Leaving Certificate Examination (including Day School Certificate (Higher) General paper), 1926
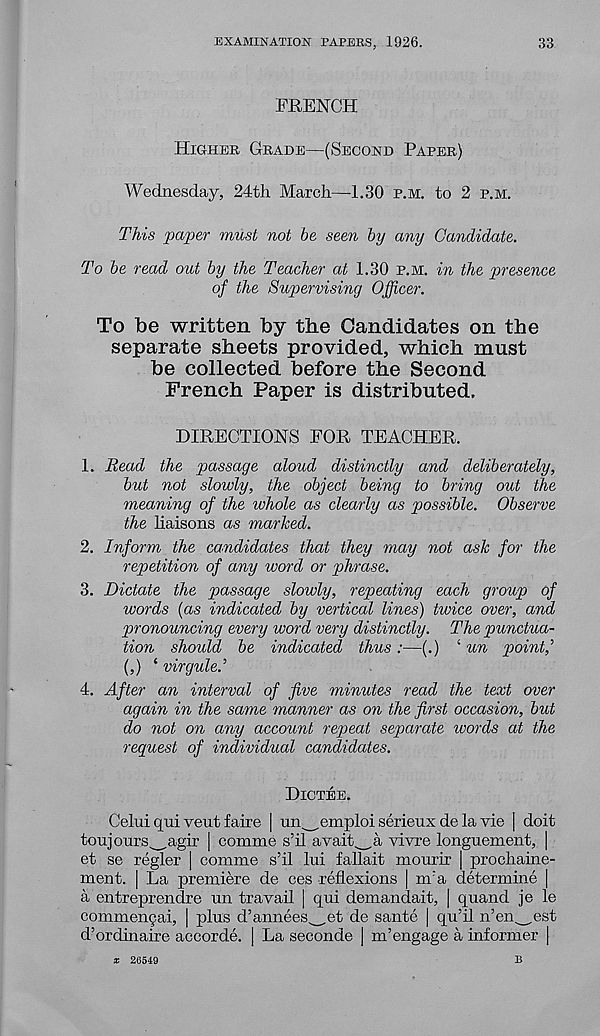
EXAMINATION PAPERS, 1926.
33
FRENCH
Higher, Grade—(Second Paper)
Wednesday, 24th March—1.30 p.m. to 2 p.m.
This paper must not be seen by any Candidate.
To be read out by the Teacher at 1.30 p.m. in the presence
of the Supervising Officer.
To be written by the Candidates on the
separate sheets provided, which must
be collected before the Second
French Paper is distributed.
DIRECTIONS FOR TEACHER.
1. Read the passage aloud distinctly and deliberately,
but not slowly, the object being to bring out the
meaning of the whole as clearly as possible. Observe
the haisons as marked.
2. Inform the candidates that they may not ask for the
repetition of any word or phrase.
3. Dictate the passage slowly, repeating each group of
words (as indicated by vertical lines) twice over, and
pronouncing every word very distinctly. The punctua-
tion should be indicated thus:—(.) ‘ un point,'
(,) ‘ virgule.’
4. After an interval of five minutes read the text over
again in the same manner as on the first occasion, but
do not on any account repeat separate ivords at the
request of individual candidates.
Dictee.
Cehli qui vent faire | un^emploi serieux de la vie | doit
toujours^agir | comme s’il avait^a vivre longuement, |
et se regler | comme s’il hd fallait mourir | prochaine-
ment. | La premiere de ces reflexions | m’a determine |
a entreprendre un travail | qui demandait, | quand je le
commencai, | plus d’annees^et de sante | qu’il n’en^est
d’ordinaire accorde. | La seconde | m’engage a informer |
* 26549
B